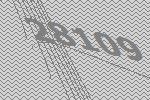
28109